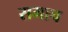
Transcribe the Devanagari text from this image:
समाच